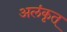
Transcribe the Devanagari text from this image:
अलंकृत्‌